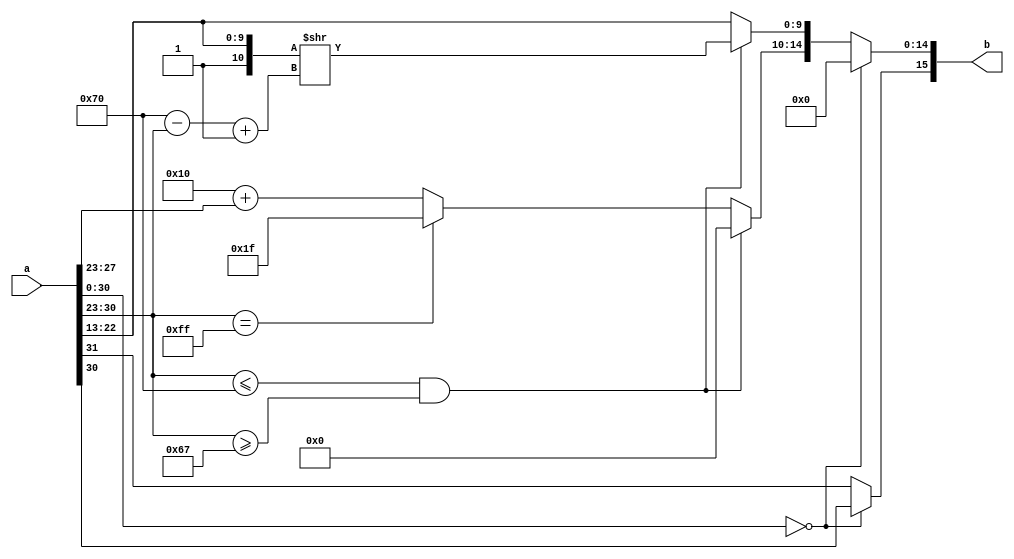
`define BFLOAT16 
`define EXPONENT 8
`define MANTISSA 7
`define EXPONENT 5
`define MANTISSA 10
`define SIGN 1
`define DWIDTH (`SIGN+`EXPONENT+`MANTISSA)
`define AWIDTH 8
`define MEM_SIZE 256
`define MAT_MUL_SIZE 20
`define MASK_WIDTH 20
`define LOG2_MAT_MUL_SIZE 4 
`define BB_MAT_MUL_SIZE `MAT_MUL_SIZE
`define NUM_CYCLES_IN_MAC 3
`define MEM_ACCESS_LATENCY 1
`define ADDR_STRIDE_WIDTH 8

module fp32_to_fp16 (input [31:0] a , output [15:0] b);

reg [15:0]b_temp;
//integer j;
//reg [3:0]k;
always @ (*) begin

if ( a [30: 0] == 15'b0 ) begin //signed zero
	b_temp [15] = a[30]; //sign bit
	b_temp [14:0] = 15'b0; 
end

else begin

	if ( a[30 : 23] <= 8'd112  &&  a[30 : 23] >= 8'd103 ) begin //denormalized (covert to normalized)
		
	b_temp [9:0] = {1'b1, a[22:13]} >> {8'd112 - a[30 : 23] + 1'b1} ;  
	b_temp [14:10] =  5'b0;
	b_temp [15] = a[31];
	end

	else if ( a[ 30 : 23] == 8'b11111111 ) begin //Infinity/ NAN
	b_temp [9:0] = a [22:13];
	b_temp [14:10] = 5'h1F;
	b_temp [15] = a[31];
	end

	else begin //Normalized Number
	b_temp [9:0] = a [22:13];
	b_temp [14:10] = 4'd15 - 7'd127  + a[30:23]; //number should be in the range which can be depicted by fp16 (exp for fp32: 70h, 8Eh ; normalized exp for fp32: -15 to 15)
	b_temp [15] = a[31];
	end
end
end

assign b = b_temp;


endmodule